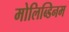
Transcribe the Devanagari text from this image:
मोलिब्डिनम